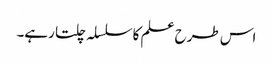
اس طرح علم کا سلسلہ چلتا رہے۔